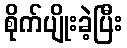
စိုက်ပျိုးခဲ့ပြီး